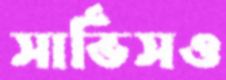
সার্ভিসও